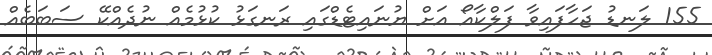
155 ލަނޑު ޖަހާފައިވާ ފަަލްކާއޯ އަށް ޔުނައިޓެޑްގައި ރަނގަޅު ކުޅުމެއް ނުދެއްކޭ ސަބަބެއް